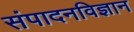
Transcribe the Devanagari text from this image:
संपादनविज्ञान